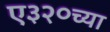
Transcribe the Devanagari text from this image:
ए३२०च्या